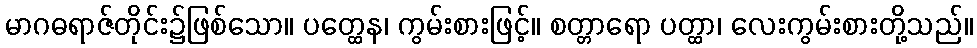
မာဂဓရာဇ်တိုင်း၌ဖြစ်သော။ ပတ္ထေန၊ ကွမ်းစားဖြင့်။ စတ္တာရော ပတ္ထာ၊ လေးကွမ်းစားတို့သည်။